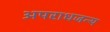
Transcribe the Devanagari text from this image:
अपराधजन्य